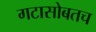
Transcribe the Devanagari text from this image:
गटासोबतच